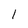
Character: 1